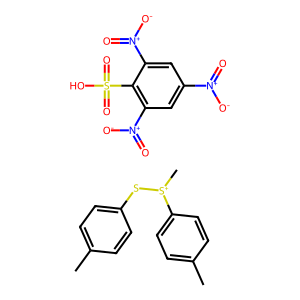
SMILES: Cc1ccc(S[S+](C)c2ccc(C)cc2)cc1.O=[N+]([O-])c1cc([N+](=O)[O-])c(S(=O)(=O)O)c([N+](=O)[O-])c1
Inhibits HIV replication: No